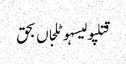
قتلپولیسہوٹلجاں بحق